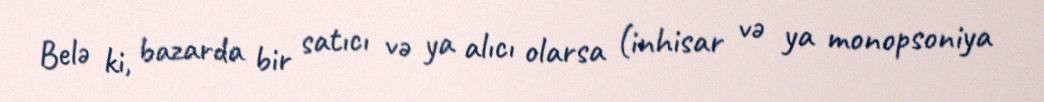
Belə ki, bazarda bir satıcı və ya alıcı olarsa (inhisar və ya monopsoniya